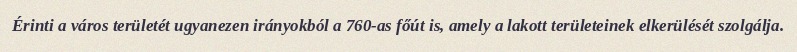
Érinti a város területét ugyanezen irányokból a 760-as főút is, amely a lakott területeinek elkerülését szolgálja.